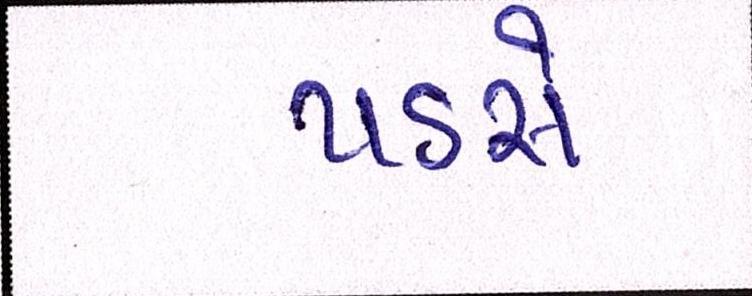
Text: પડસે